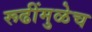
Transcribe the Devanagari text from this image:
रूढींमुळेच